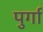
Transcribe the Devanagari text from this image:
पुर्गा